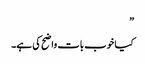
”
کیا خوب بات واضح کی ہے۔